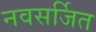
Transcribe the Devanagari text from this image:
नवसर्जित